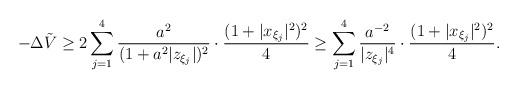
LaTeX: \begin{align*}-\Delta \tilde{V}\geq 2\sum\limits_{j=1}^4\frac{a^2}{(1+a^2|z_{\xi_j}|)^2}\cdot \frac{(1+|x_{\xi_j}|^2)^2}{4} \geq \sum\limits_{j=1}^4 \frac{a^{-2}}{|z_{\xi_j}|^4}\cdot \frac{(1+|x_{\xi_j}|^2)^2}{4}.\end{align*}